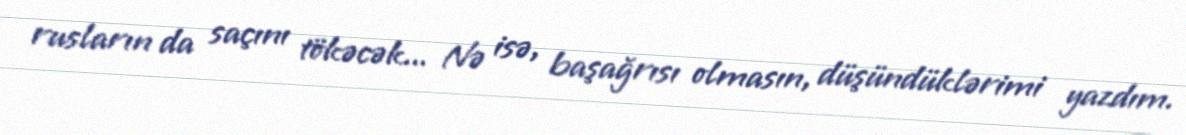
rusların da saçını tökəcək... Nə isə, başağrısı olmasın, düşündüklərimi yazdım.